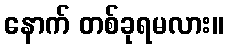
နောက် တစ်ခုရမလား။